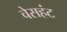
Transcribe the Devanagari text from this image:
चेसहंट